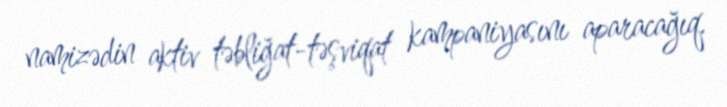
namizədin aktiv təbliğat-təşviqat kampaniyasını aparacağıq.